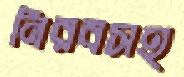
নিরবসহ